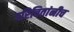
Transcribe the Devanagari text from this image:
परिचितांनीच